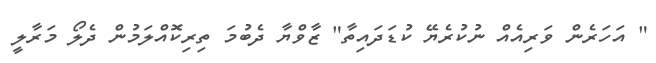
" އަހަރެން ވަރިއެއް ނުކުރެޔޭ ކުޑަދައިތާ" ޒާވްޔާ ދެބުމަ ތިރިކޮއްލަމުން ދެލޯ މަރާލީ